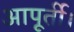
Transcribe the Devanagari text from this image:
आपूर्ती।